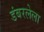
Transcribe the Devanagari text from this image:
डंबरलेला